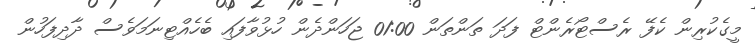
މީގެކުރިން ކެފޭ ރެސްޓޯރެންޓް ފަދަ ތަންތަން 01:00 ޖަހަންދެން ހުޅުވާފައި ބެހެއްޓިނަމަވެސް ދާދިފަހުން